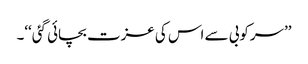
’’سرکوبی سے اس کی عزت بچائی گئی‘‘۔